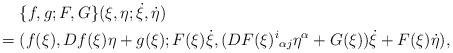
LaTeX: \begin{align*}&\hphantom{{}={}}\{f,g;F,G\}(\xi,\eta;\dot{\xi},\dot{\eta})\\*&=(f(\xi),Df(\xi)\eta+g(\xi);F(\xi)\dot{\xi},(DF(\xi)^i{}_{\alpha j}\eta^\alpha+G(\xi))\dot{\xi}+F(\xi)\dot{\eta}),\end{align*}